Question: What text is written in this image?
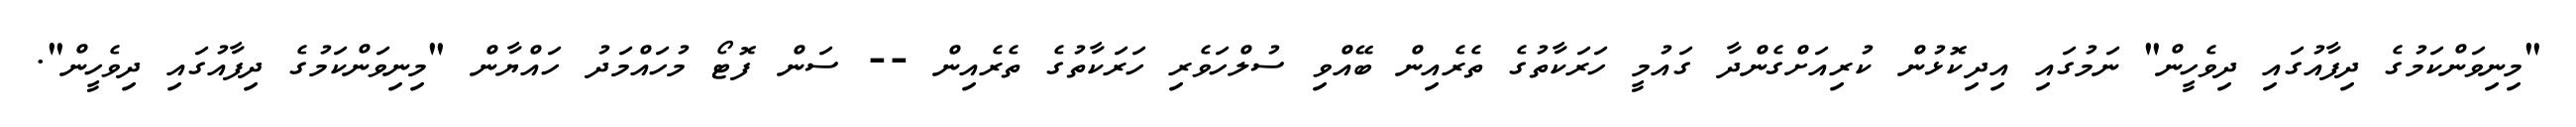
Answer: "މިނިވަންކަމުގެ ދިފާއުގައި ދިވެހީން" ނަމުގައި އިދިކޮޅުން ކުރިއަށްގެންދާ ގައުމީ ހަރަކާތުގެ ތެރެއިން ބޭއްވި ސުލްހަވެރި ހަރަކާތުގެ ތެރެއިން -- ސަން ފޮޓޯ މުހައްމަދު ހައްޔާން "މިނިވަންކަމުގެ ދިފާއުގައި ދިވެހީން".